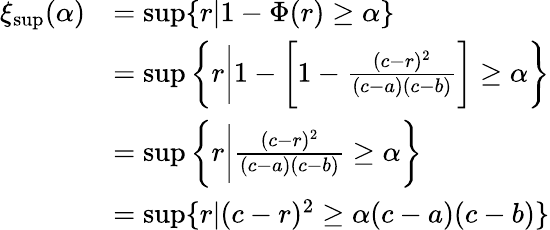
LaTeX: \begin{array}{rl}{\xi_{\operatorname*{sup}}(\alpha)}&{=\operatorname*{sup}\{ r|1-\Phi(r)\geq\alpha\} }\\ &{=\operatorname*{sup}\bigg\{ r\bigg|1-\bigg[1-\frac{(c-r)^{2}}{(c-a)(c-b)}\bigg]\geq\alpha\bigg\} }\\ &{=\operatorname*{sup}\bigg\{ r\bigg|\frac{(c-r)^{2}}{(c-a)(c-b)}\geq\alpha\bigg\} }\\ &{=\operatorname*{sup}\{ r|(c-r)^{2}\geq\alpha(c-a)(c-b)\} }\end{array}